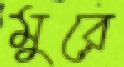
মুরে